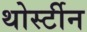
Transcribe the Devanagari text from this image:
थोर्स्टीन